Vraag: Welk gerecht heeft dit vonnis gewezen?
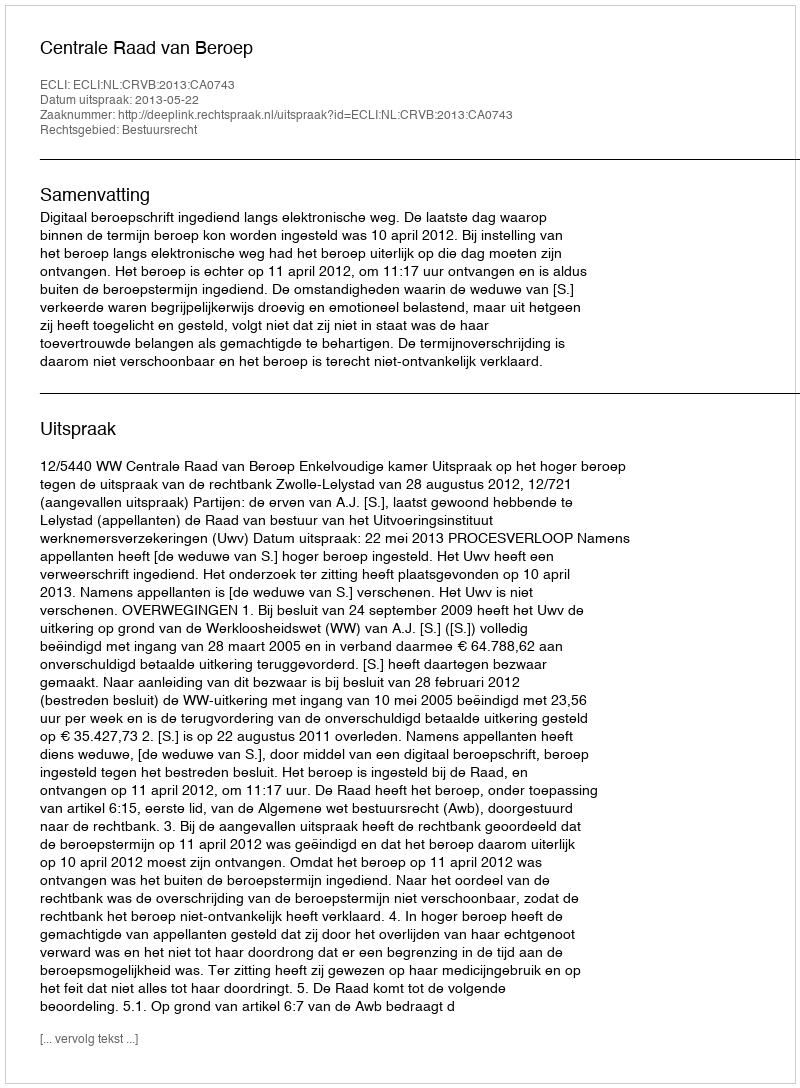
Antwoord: Centrale Raad van Beroep